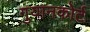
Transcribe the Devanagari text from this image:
गुयानकोर्ट